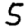
Digit: 5